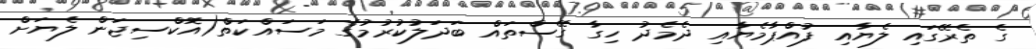
ގެ ތެރޭގައި ލެޔާއި ފުއްޕާމެޔާއި ދެމެދު ހިގާ ގޭސްތައް ބަދަލުކުރުމުގެ މަސައްކަތް(އޮކްސިޖަން ލެޔަށް